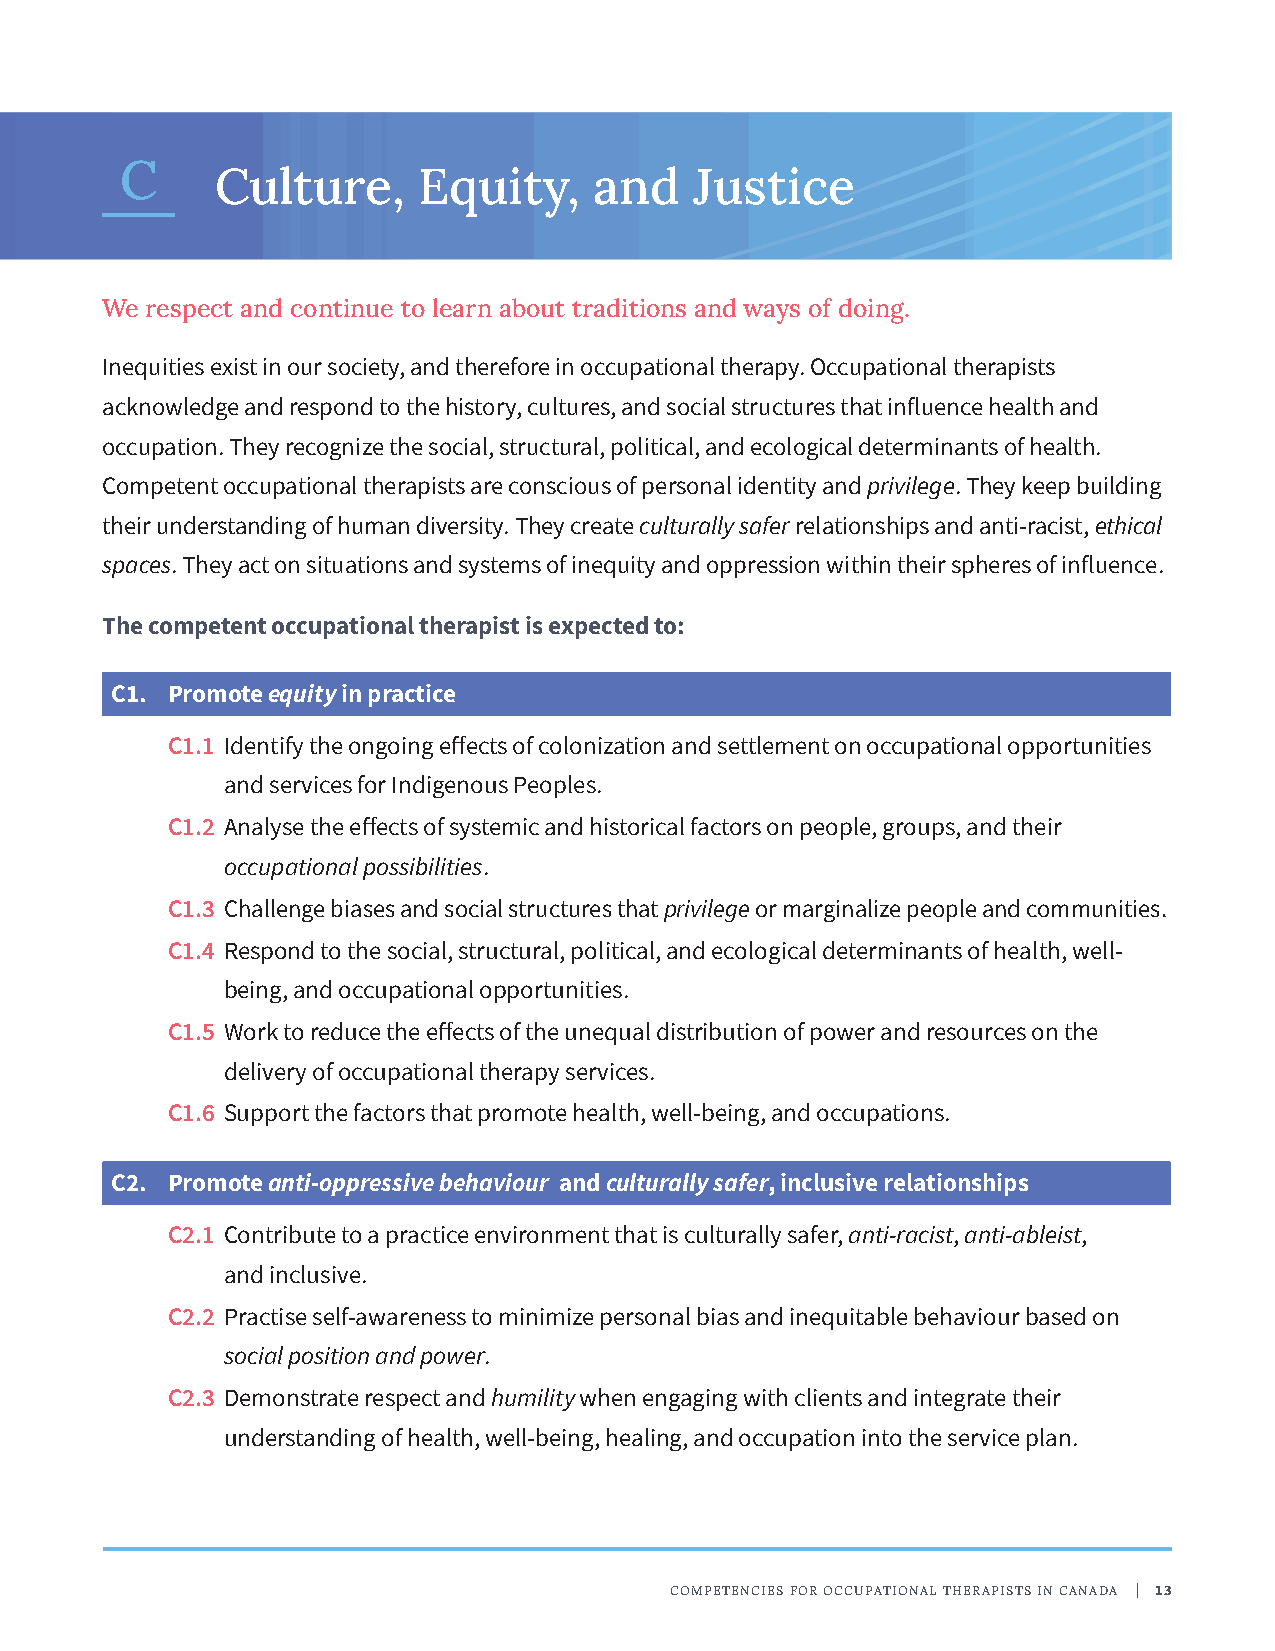
C
 Culture,      Equity,    and    Justice
 We respect and continue to learn about traditions and ways of doing.
 Inequities exist in our society, and therefore in occupational therapy. Occupational therapists
 acknowledge and respond to the history, cultures, and social structures that influence health and
 occupation. They recognize the social, structural, political, and ecological determinants of health.
 Competent occupational therapists are conscious of personal identity and privilege. They keep building
 their understanding of human diversity. They create culturally safer relationships and anti-racist, ethical
 spaces. They act on situations and systems of inequity and oppression within their spheres of influence.
 The competent occupational therapist is expected to:
 C1. Promote equity in practice
 C1.1 Identify the ongoing effects of colonization and settlement on occupational opportunities
 and services for Indigenous Peoples.
 C1.2 Analyse the effects of systemic and historical factors on people, groups, and their
 occupational possibilities.
 C1.3 Challenge biases and social structures that privilege or marginalize people and communities.
 C1.4 Respond to the social, structural, political, and ecological determinants of health, well-
 being, and occupational opportunities.
 C1.5 Work to reduce the effects of the unequal distribution of power and resources on the
 delivery of occupational therapy services.
 C1.6 Support the factors that promote health, well-being, and occupations.
 C2. Promote anti-oppressive behaviour and culturally safer, inclusive relationships
 C2.1 Contribute to a practice environment that is culturally safer, anti-racist, anti-ableist,
 and inclusive.
 C2.2 Practise self-awareness to minimize personal bias and inequitable behaviour based on
 social position and power.
 C2.3 Demonstrate respect and humility when engaging with clients and integrate their
 understanding of health, well-being, healing, and occupation into the service plan.
 COMPETENCIES FOR OCCUPATIONAL THERAPISTS IN CANADA | 13